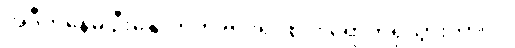
အဲဒီကနေမှ ဦးနှောက်ကို ဗိုင်းရပ်စ်ပိုး ရောက်ရှိသွားတာပါ။